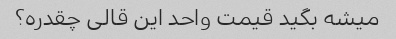
میشه بگید قیمت واحد این قالی چقدره؟